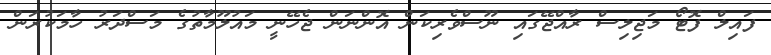
ފައިލް ފޮޓޯ މަޖިލިސް ރާއްޖޭގައި ނޫސްވެރިކަން އޮންނަން ޖެހޭނީ މައުލޫމާތުގެ މަސްދަރު ހާމަކުރަން